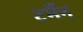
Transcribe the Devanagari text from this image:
टर्मैन